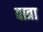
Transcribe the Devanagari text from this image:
बात्रा